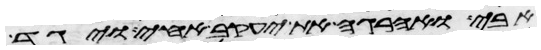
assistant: אבי ואהרגה את יעקב אחי ויגד